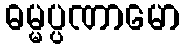
ဓမ္မပ္ပဏာမော